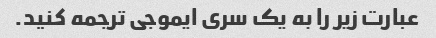
عبارت زیر را به یک سری ایموجی ترجمه کنید.